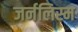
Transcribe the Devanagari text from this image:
जर्नलिस्म